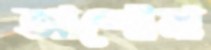
আশোয়া